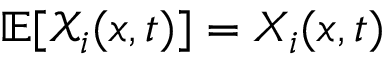
\mathbb { E } [ { \mathcal { X } } _ { i } ( x , t ) ] = X _ { i } ( x , t )